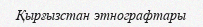
Қырғызстан этнографтары